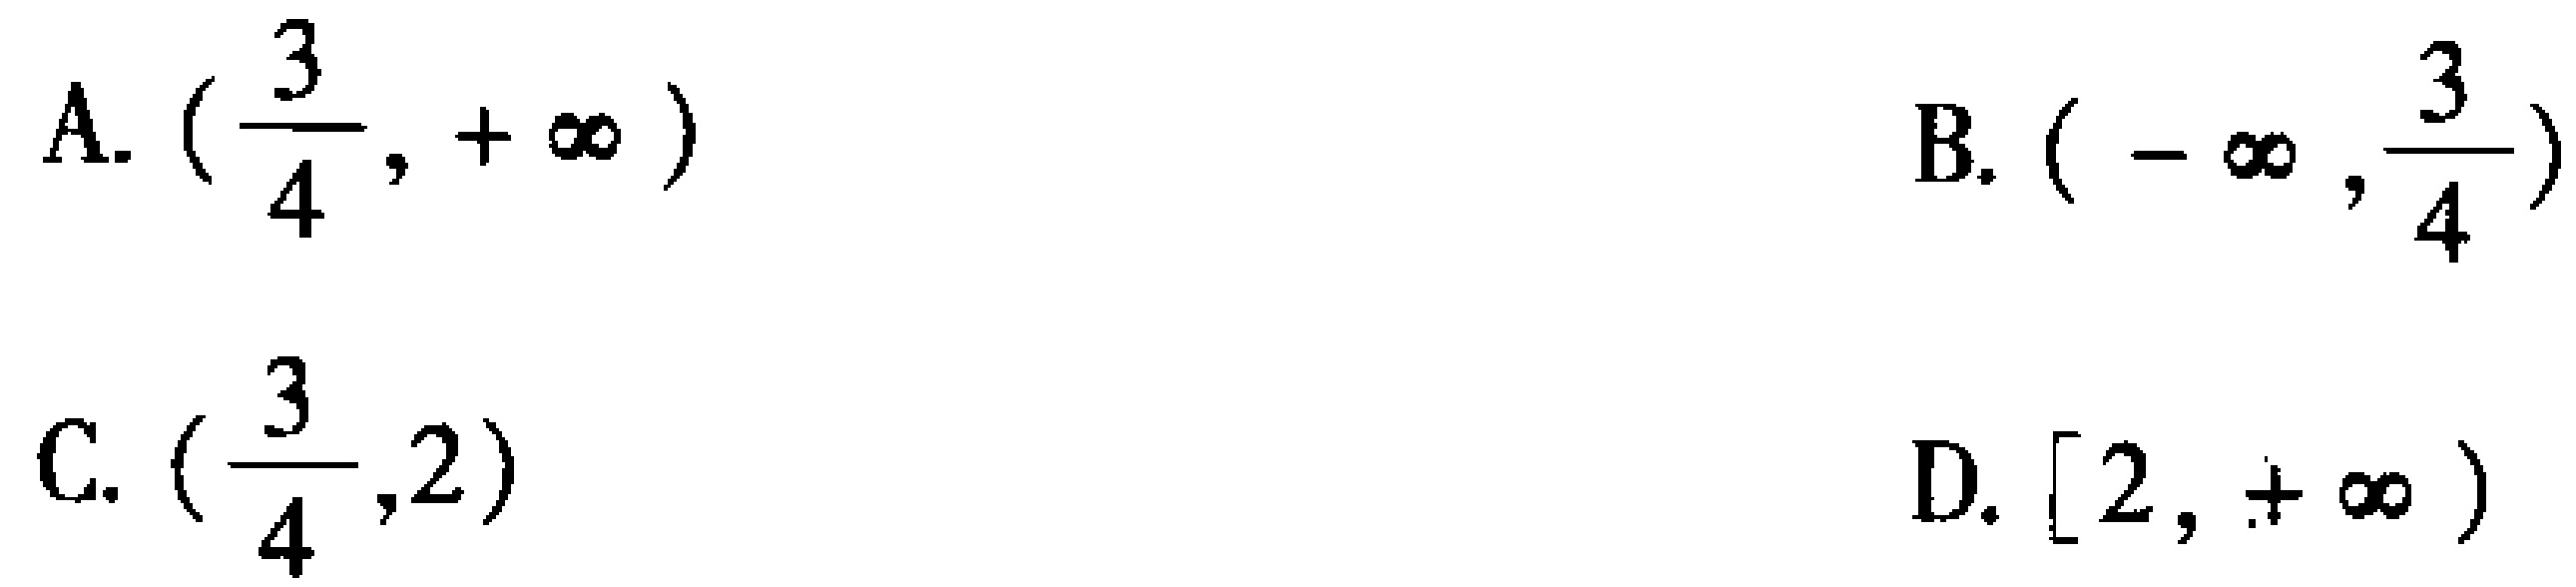
A. \((\frac{3}{4},+\infty)\)

B. \((-\infty,\frac{3}{4})\)

C. \((\frac{3}{4},2)\)

D. \([2,+\infty)\)